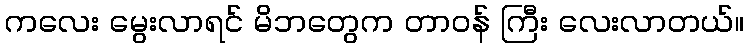
ကလေး မွေးလာရင် မိဘတွေက တာဝန် ကြီး လေးလာတယ်။